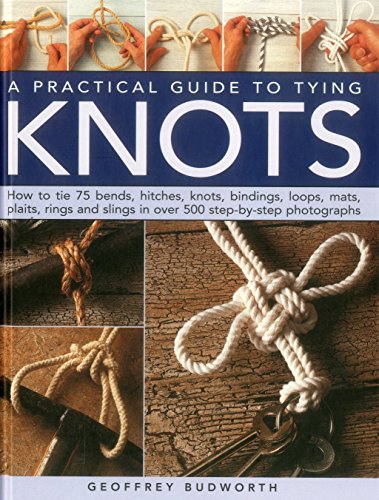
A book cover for A Practical Guide to Tying Knots: How To Tie 75 Bends, Hitches, Knots, Bindings, Loops, Mats, Plaits, Rings And Slings In Over 500 Step-By-Step Photographs; Geoffrey Budworth; Crafts, Hobbies & Home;